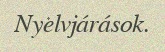
Nyelvjárások.